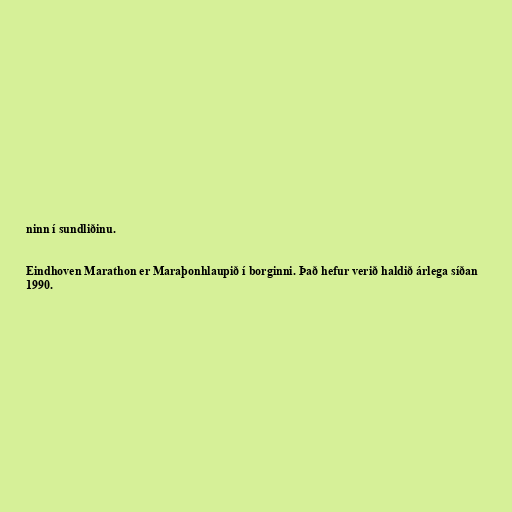
ninn í sundliðinu.

Eindhoven Marathon er Maraþonhlaupið í borginni. Það hefur verið haldið árlega síðan
1990.